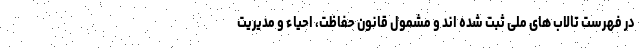
در فهرست تالاب های ملی ثبت شده اند و مشمول قانون حفاظت، احیاء و مدیریت